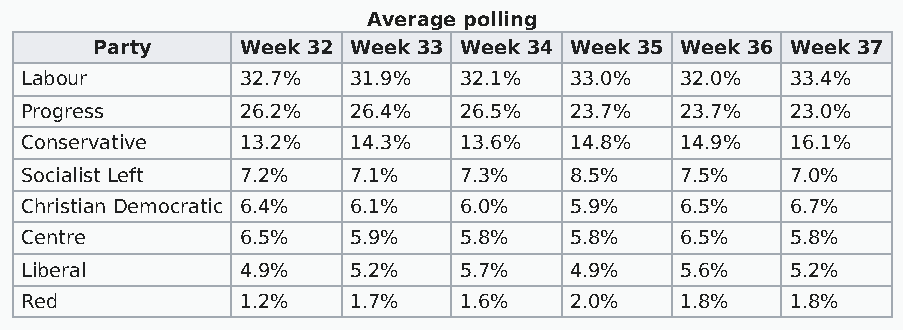
Average polling
 Party     Week 32 Week 33 Week 34 Week 35 Week 36 Week 37
 Labour         32.7%  31.9%  32.1%   33.0%  32.0%  33.4%
 Progress       26.2%  26.4%  26.5%   23.7%  23.7%  23.0%
 Conservative   13.2%  14.3%  13.6%   14.8%  14.9%  16.1%
 Socialist Left 7.2%   7.1%   7.3%    8.5%   7.5%   7.0%
 Christian Democratic 6.4% 6.1% 6.0%  5.9%   6.5%   6.7%
 Centre         6.5%   5.9%   5.8%    5.8%   6.5%   5.8%
 Liberal        4.9%   5.2%   5.7%    4.9%   5.6%   5.2%
 Red            1.2%   1.7%   1.6%    2.0%   1.8%   1.8%